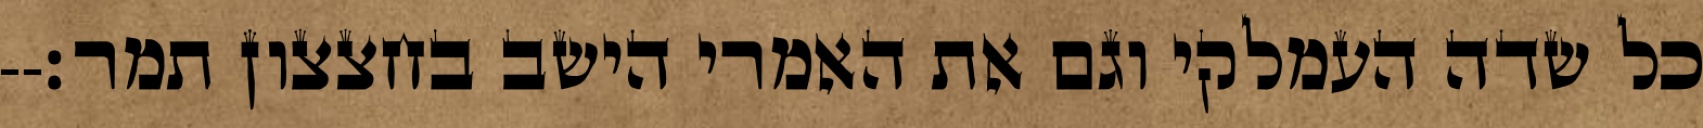
כל שדה העמלקי וגם את האמרי הישב בחצצון תמר׃--